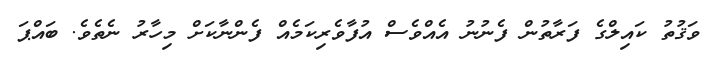
ވަޤުތު ކައިލްގެ ފަރާތުން ފެނުނު އެއްވެސް އުފާވެރިކަމެއް ފެންނާކަށް މިހާރު ނެތެވެ. ބައްޕަ